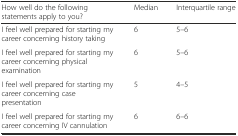
<table><thead><tr><td><b>How well do the following statements apply to you?</b></td><td><b>Median</b></td><td><b>Interquartile range</b></td></tr></thead><tbody><tr><td>I feel well prepared for starting my career concerning history taking</td><td>6</td><td>5–6</td></tr><tr><td>I feel well prepared for starting my career concerning physical examination</td><td>6</td><td>5–6</td></tr><tr><td>I feel well prepared for starting my career concerning case presentation</td><td>5</td><td>4–5</td></tr><tr><td>I feel well prepared for starting my career concerning IV cannulation</td><td>6</td><td>6–6</td></tr></tbody></table>